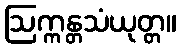
ဩက္ကန္တသံယုတ္တ။